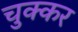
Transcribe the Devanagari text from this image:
चुक्कर